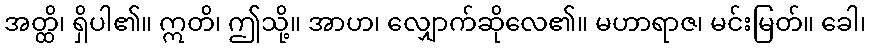
အတ္ထိ၊ ရှိပါ၏။ ဣတိ၊ ဤသို့။ အာဟ၊ လျှောက်ဆိုလေ၏။ မဟာရာဇ၊ မင်းမြတ်။ ခေါ၊